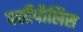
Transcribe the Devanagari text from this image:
पर्सीपौलिस